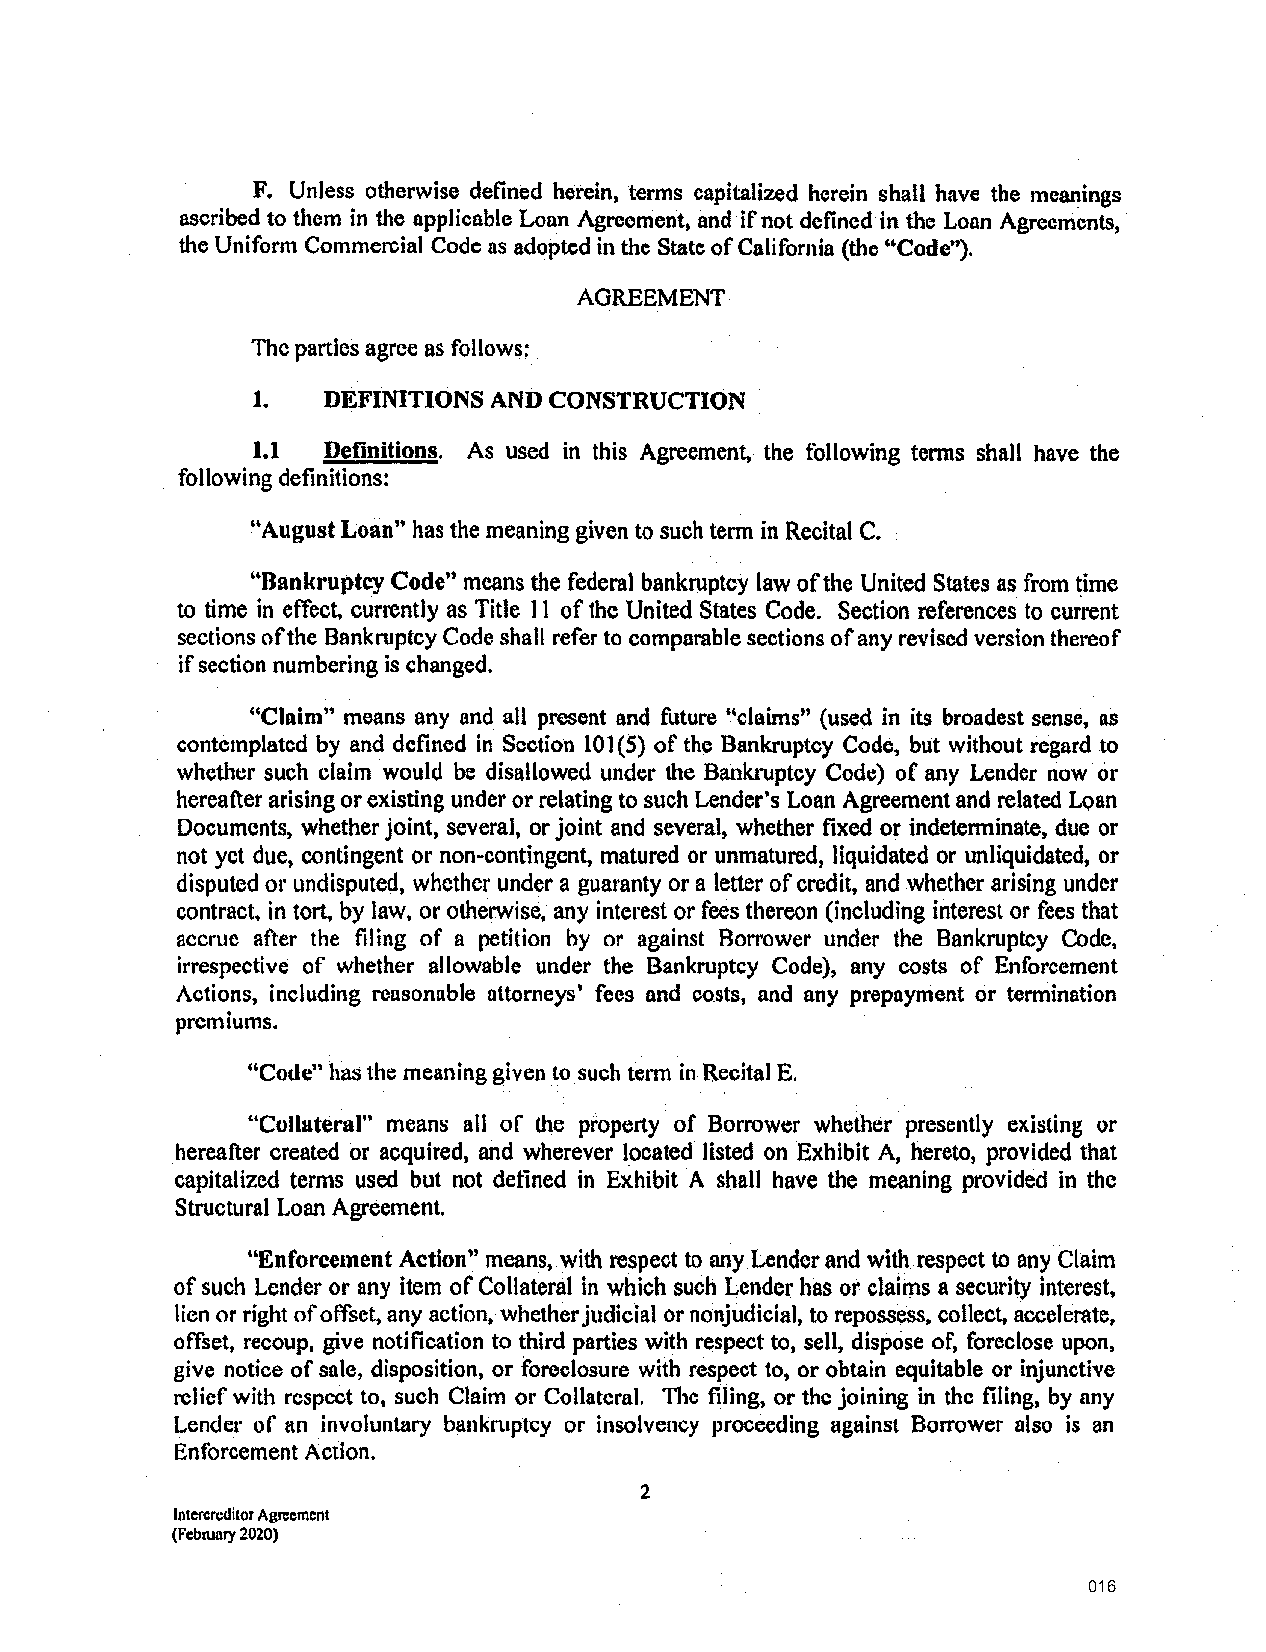
F. Unless otherwise defined herein, terms capitalized herein shall have the meanings
 ascribed to them in the applicable Loan Agreement, and if not defined in the Loan Agreements,
 the Uniform Commercial Code as ad~pted in the State of California (the "Code,').
 AGREEMENT
 The parties agree as follows:
 1.  DEFINITIONS AND CONSTRUCTION
 I.I Definitions. As used in this Agreement, the following terms shall have the
 following definitions:
 "August Loan" has the meaning given to such term in Recital C.
 "Bankruptcy Code" means the federal bankruptcy law of the United States as from time
 to time in effect currently as Title 11 of the United States Code. Section references to current
 sections of the Bankruptcy Code shall refer to comparable sections of any revised version thereof
 if section numbering is changed.
 "Claim" means any and all present and future '.'claims" (used in its broadest sense, as
 contemplated by arid defined in Section 101 (5) of the Bankruptcy Code, but without regard to
 whether such claim would be disallowed under the Bankruptcy Code) of any Lender now or
 hereafter arising or existing under or relating to such Lender•s Loan Agreement and related Loan
 Documents, whether joint, several, or joint and several, whether fixed or indetenninate, due or
 not yet due, contingent or non-contingent, matured or unmatured, liquidated or unliquidated, or
 disputed or undisputed, whether under a guaranty or a letter of credit, and whether arising under
 contract. in tort, by law, or otherwise, any interest or fees thereon (including interest or fees that
 accrue after the filing of a petition by or against Borrower under the Bankruptcy Code,
 irrespective of whether allowable under the Bankruptcy Code), any costs of Enforcement
 Actions, including reusonnble attorneys' fees and costs, and any prepayment or termination
 premiums.
 "Code" has the meaning given to such term in Recital E.
 "Collateral" means all of the property of Borrower whether presently existing or
 hereafter created or acquired, and wherever located listed on Exhibit A, hereto, provided that
 capitalized terms used but not defined in Exhibit A shall have the meaning provided in the
 Structural Loan Agreement.
 "Enforcement Action" means, with respect to any Lender and with respect to any Claim
 of such Lender or any item of Collateral in which such Lender has or claims a secudty interest,
 lien or right of offset, any action, whether judicial or nonjudicial, to repossess, collect, accelerate,
 offset, recoup, give notification to third parties with respect to, sell, dispose of, foreclose upon,
 give notice of sale, disposition, or foreclosure with respect to, or obtain equitable or injunctive
 relief with respect to, such Claim or Collateral. The filing, or the joining in the filing, by any
 Lender of an involuntary bankruptcy or insolvency proceeding against Borrower also is an
 Enforcement Action.
 2
 lntcrcreditor Agreement
 (February 2020)
 016